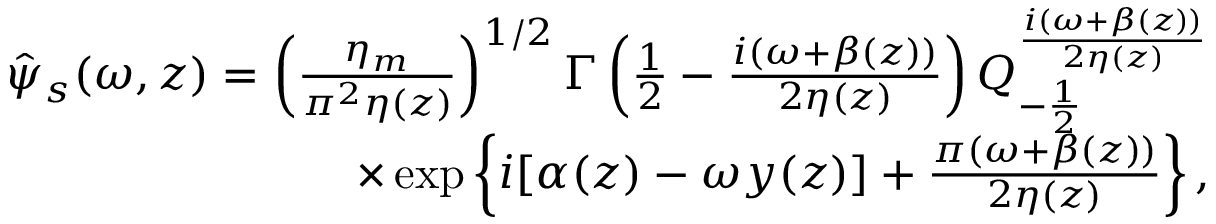
\begin{array} { r l r } & { } & { \hat { \psi } _ { s } ( \omega , z ) = \left( \frac { \eta _ { m } } { \pi ^ { 2 } \eta ( z ) } \right) ^ { 1 / 2 } \Gamma \left( \frac { 1 } { 2 } - \frac { i ( \omega + \beta ( z ) ) } { 2 \eta ( z ) } \right) Q _ { - \frac { 1 } { 2 } } ^ { \frac { i ( \omega + \beta ( z ) ) } { 2 \eta ( z ) } } } \\ & { } & { \times \exp \left\{ i [ \alpha ( z ) - \omega y ( z ) ] + \frac { \pi ( \omega + \beta ( z ) ) } { 2 \eta ( z ) } \right\} , } \end{array}